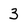
Character: 3